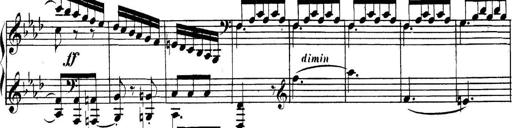
Title: Collected Piano Sonatas
Composer: Muzio Clementi